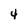
Character: 4